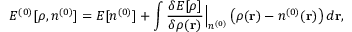
{ \cal E } ^ { ( 0 ) } [ \rho , n ^ { ( 0 ) } ] = E [ n ^ { ( 0 ) } ] + \int \frac { \delta E [ \rho ] } { \delta \rho ( { \bf r } ) } \Big \vert _ { n ^ { ( 0 ) } } \left( \rho ( { \bf r } ) - n ^ { ( 0 ) } ( { \bf r } ) \right) d { \bf r } ,